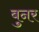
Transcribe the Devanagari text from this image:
बुनर